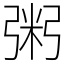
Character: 粥